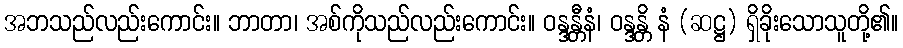
အဘသည်လည်းကောင်း။ ဘာတာ၊ အစ်ကိုသည်လည်းကောင်း။ ဝန္ဒန္တီနံ၊ ဝန္ဒန္တိ နံ (ဆဋ္ဌ) ရှိခိုးသောသူတို့၏။